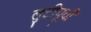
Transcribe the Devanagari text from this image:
लुटीपूर्वी